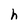
Character: h